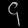
Digit: ၄